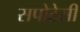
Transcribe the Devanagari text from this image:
सपोटेसी